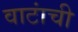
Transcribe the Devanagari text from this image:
वाटांची